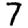
Digit: 7